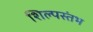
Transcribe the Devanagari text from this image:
शिल्पस्तंभ